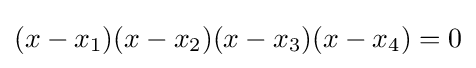
(x-x_{1})(x-x_{2})(x-x_{3})(x-x_{4})=0